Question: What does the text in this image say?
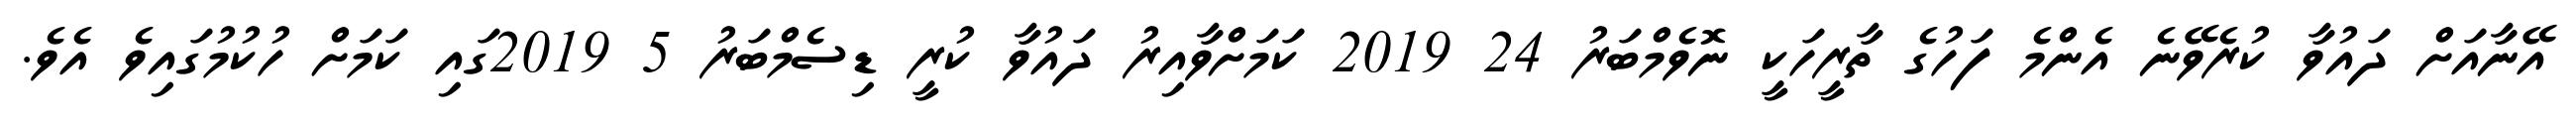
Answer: އޭނާއަށް ދައުވާ ކުރެވޭނެ އެންމެ ފަހުގެ ތާރީހަކީ ނޮވެމްބަރު 24 2019 ކަމަށްވާއިރު ދައުވާ ކުރީ ޑިސެމްބަރު 5 2019ގައި ކަމަށް ހުކުމުގައިވެ އެވެ.